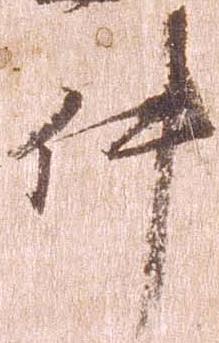
件